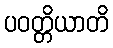
ပဝတ္တိယာတိ